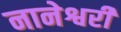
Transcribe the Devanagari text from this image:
नानेश्वरी